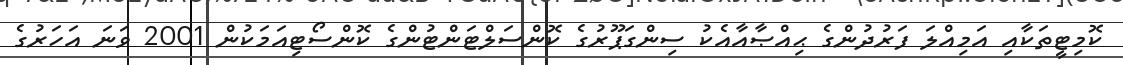
ކޮމިޓީތަކާއި އަމިއްލަ ފަރުދުންގެ ޙިއްޞާއާއެކު ސިންގަޕޫރުގެ ކޮންސަލްޓަންޓުންގެ ކޮންސޯޓިއަމަކުން 2001 ވަނަ އަހަރުގެ